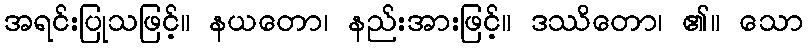
အရင်းပြုသဖြင့်။ နယတော၊ နည်းအားဖြင့်။ ဒဿိတော၊ ၏။ သော